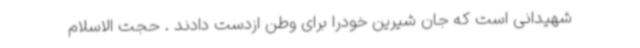
شهیدانی است که جان شیرین خودرا برای وطن ازدست دادند . حجت الاسلام